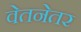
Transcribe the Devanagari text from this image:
वेतनेतर